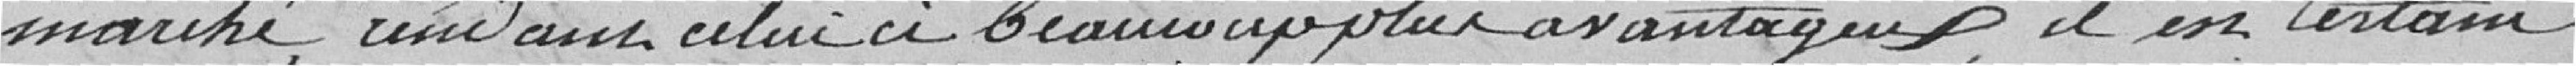
marché rendant celui-ci beaucoup plus avantageux, il est certain